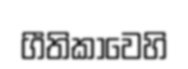
ගීතිකාවෙහි